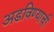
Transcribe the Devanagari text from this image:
अडविण्याची